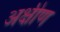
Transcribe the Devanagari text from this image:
अक्षीण